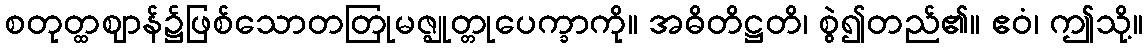
စတုတ္ထဈာန်၌ဖြစ်သောတတြုမဇ္ဈုတ္တုပေက္ခာကို။ အဓိတိဋ္ဌတိ၊ စွဲ၍တည်၏။ ဧဝံ၊ ဤသို့။